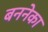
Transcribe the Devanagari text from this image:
बननेका